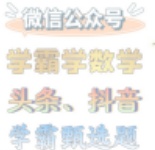
微信公众号
学霸学数学
头条、抖音
学霸题选题